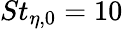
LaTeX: St_{\eta,0}=10